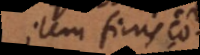
Item finis ω.